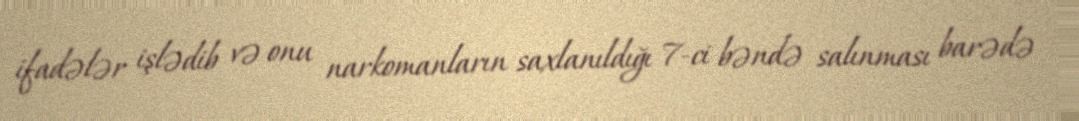
ifadələr işlədib və onu narkomanların saxlanıldığı 7-ci bəndə salınması barədə